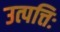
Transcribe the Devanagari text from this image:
उत्पत्तिः